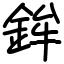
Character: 鉾